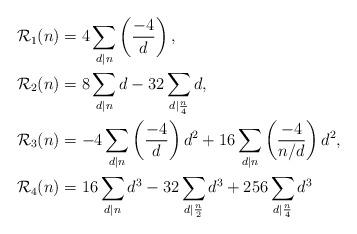
LaTeX: \begin{align*}\mathcal{R}_{1}(n)&=4\sum_{d|n}\left(\frac{-4}{d}\right),\\\mathcal{R}_{2}(n)&=8\sum_{d|n}d-32\sum_{d|\frac{n}{4}}d,\\\mathcal{R}_{3}(n)&=-4\sum_{d|n}\left(\frac{-4}{d}\right)d^{2}+16\sum_{d|n}\left(\frac{-4}{n/d}\right)d^{2},\\\mathcal{R}_{4}(n)&=16\sum_{d|n}d^{3}-32\sum_{d|\frac{n}{2}}d^{3}+256\sum_{d|\frac{n}{4}}d^{3}\end{align*}